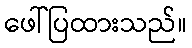
ဖေါ်ပြထားသည်။